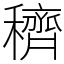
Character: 穧